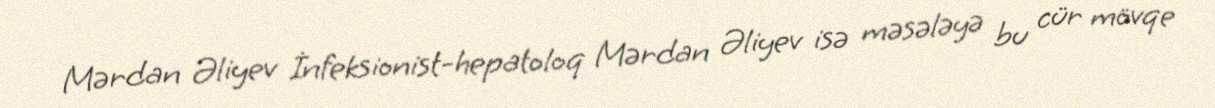
Mərdan Əliyev İnfeksionist-hepatoloq Mərdan Əliyev isə məsələyə bu cür mövqe